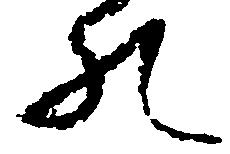
の